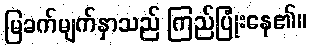
မြခက်မျက်နှာသည် ကြည်ပြုံးနေ၏။